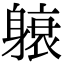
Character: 𬧭